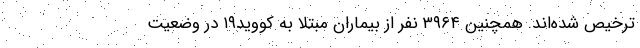
ترخیص شده‌اند. همچنین ۳۹۶۴ نفر از بیماران مبتلا به کووید۱۹ در وضعیت